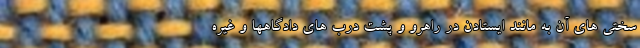
سختی های آن به مانند ایستادن در راهرو و پشت درب های دادگاهها و غیره